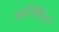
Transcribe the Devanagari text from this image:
आनिशि्चत